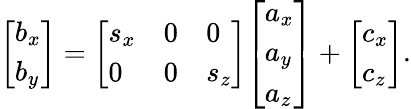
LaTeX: {\left[\begin{array}{l}{b_{x}}\\ {b_{y}}\end{array}\right]}={\left[\begin{array}{lll}{s_{x}}&{0}&{0}\\ {0}&{0}&{s_{z}}\end{array}\right]}{\left[\begin{array}{l}{a_{x}}\\ {a_{y}}\\ {a_{z}}\end{array}\right]}+{\left[\begin{array}{l}{c_{x}}\\ {c_{z}}\end{array}\right]}.